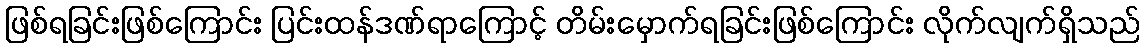
ဖြစ်ရခြင်းဖြစ်ကြောင်း ပြင်းထန်ဒဏ်ရာကြောင့် တိမ်းမှောက်ရခြင်းဖြစ်ကြောင်း လိုက်လျက်ရှိသည်